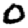
Digit: 0